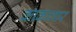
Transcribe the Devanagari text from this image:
काकागार